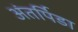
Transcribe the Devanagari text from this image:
अंतर्पिडा